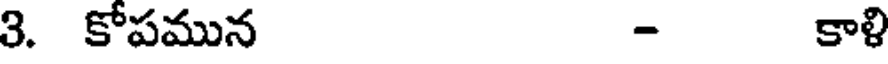
3. కోపమున - కాళి